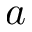
a